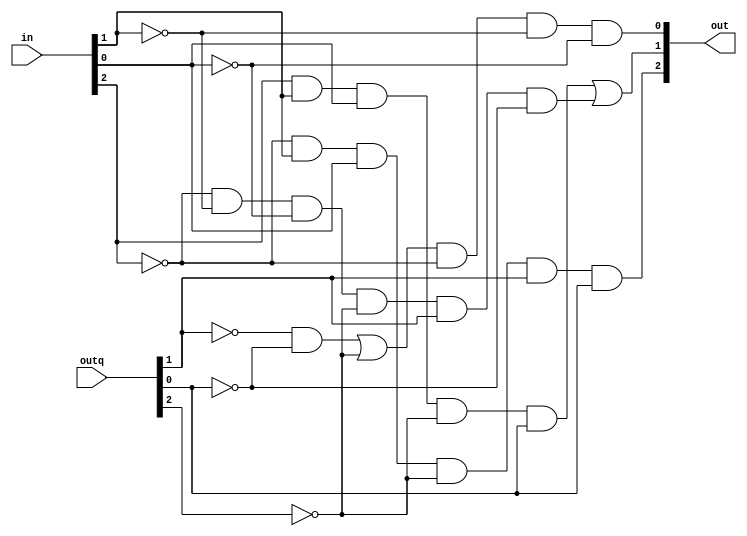
module nextstate(out,in,outq);
	output wire [2:0] out;
	input wire [2:0] in,outq; //in = input outq = q;
	wire [2:0]in_bar,outq_bar;
	wire outand1,outand2,outand3,outor1;
	not not1(in_bar[2],in[2]);
	not not3(in_bar[1],in[1]);
	not not4(in_bar[0],in[0]);
	not not2(outq_bar[2],outq[2]);
	not not5(outq_bar[1],outq[1]);
	not not6(outq_bar[0],outq[0]);
	
	and d2(out[2],in_bar[2],in[1],in[0],outq_bar[2],outq[1],outq[0]);

	and and1(outand1,in[2],in[1],in[0],outq_bar[2],outq[0]);
	and and2(outand2,in_bar[2],in_bar[1],in_bar[0],outq_bar[2],outq[1],outq_bar[0]);
	or d1(out[1],outand1,outand2);

	and and3(outand3,outq_bar[1],outq_bar[0]);
	or or1(outor1,outand3,outq_bar[2]);
	and d0(out[0],outor1,in_bar[2],in_bar[1],in_bar[0]);
	
endmodule